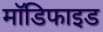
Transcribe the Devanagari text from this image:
माॅडिफाइड